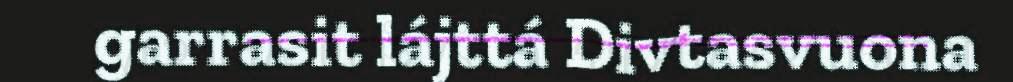
garrasit lájttá Divtasvuona